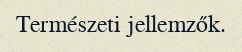
Természeti jellemzők.